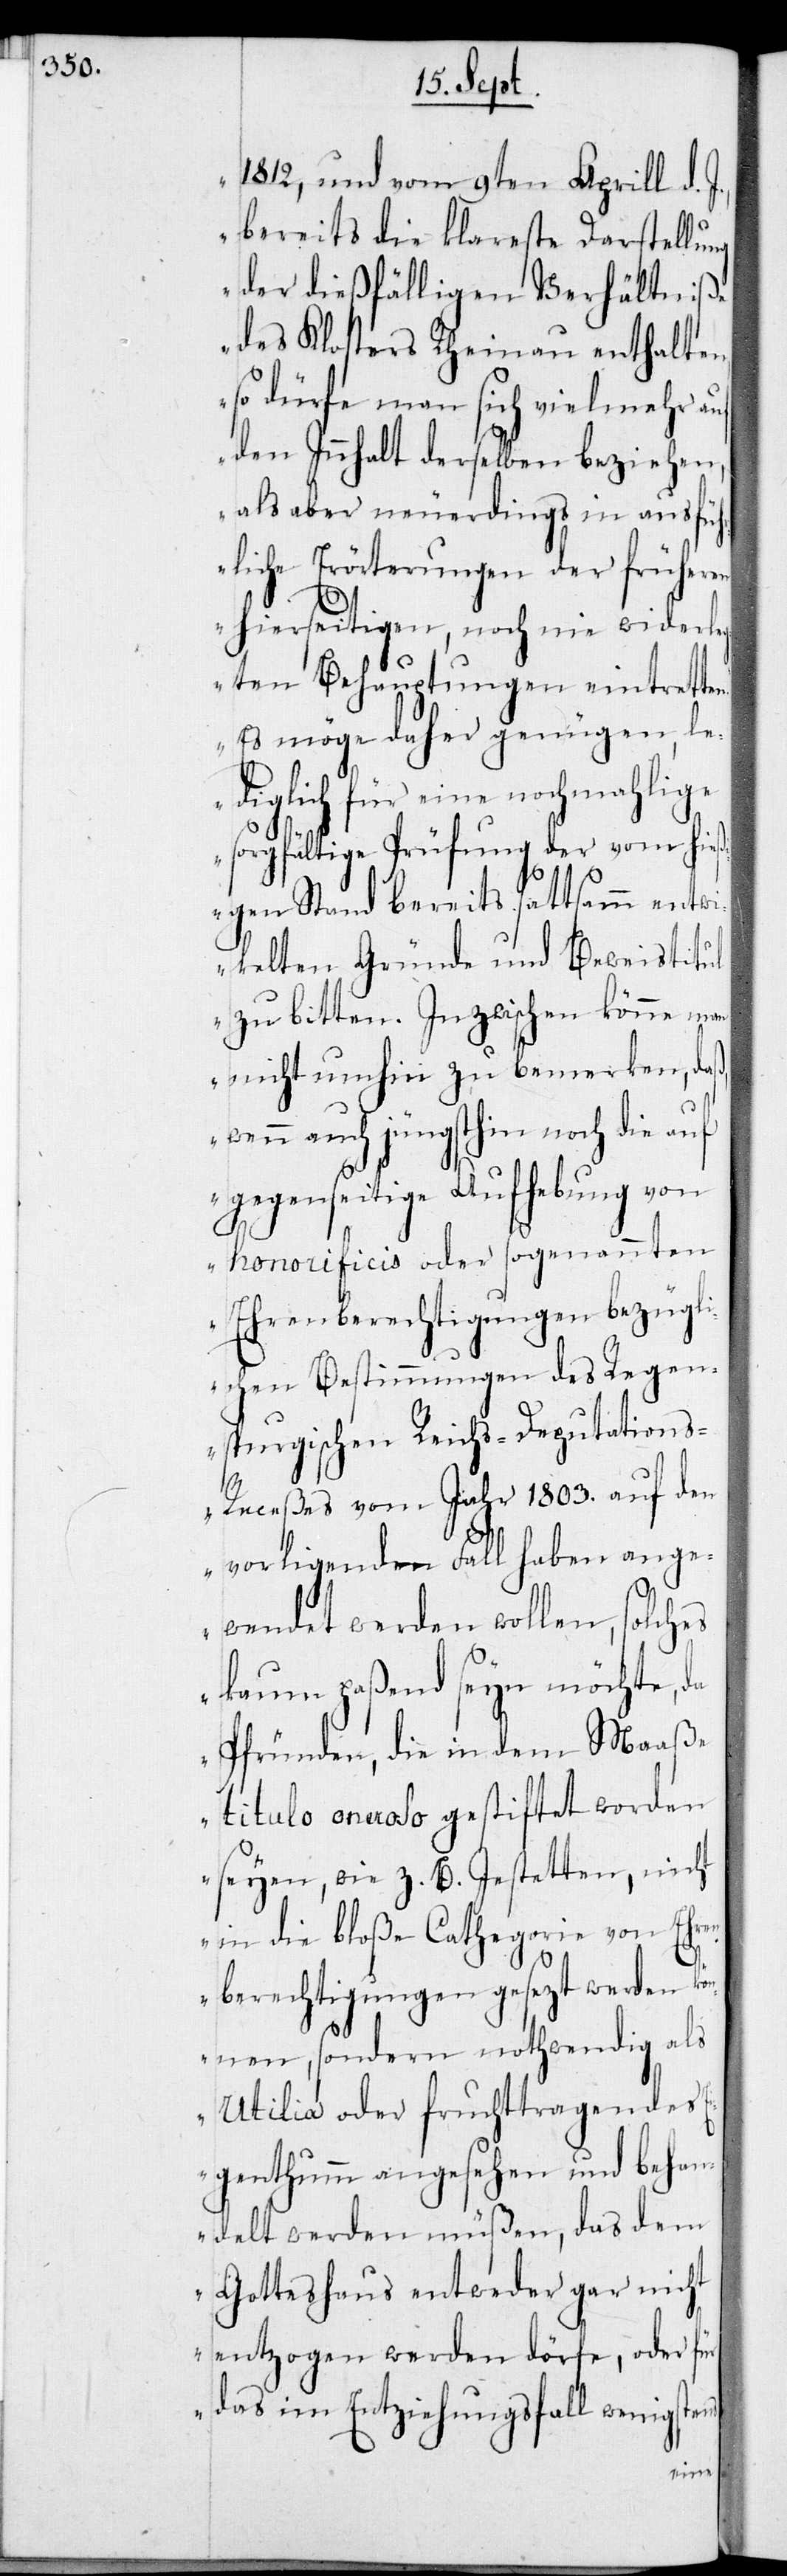
1812, und vom 9ten Aprill d.
bereits die klareste Darstellung
der dießfälligen Verhältn¬
des Klosters Rheinau
so dürfe man sich v¬
den Innhalt derselben
als aber neuerdings in
rliche Erörterungen der
hierseitigen, noch nie
gten Behauptungen ei¬
ß,
n.
Es möge daher genü¬
diglich füre eine nochmahlige
sorgfältige Prüfung der vom hie¬
ßigen Stand bereits sattsamm entwi¬
kelten Gründe und Beweistitul
zu bitten. Inzwischen könne man
nicht umhin zu bemerken, da¬
wenn auch jüngsthin noch die auf
gegenseitige Aufhebung von
honorificis oder sogenannten
Ehrenberechtigungen bezügl¬
ichen Bestimmungen des Regen¬
spurgischen Reichs-Deputation¬
s-Receßes vom Jahr 1803. auf den
vorligenden Fall haben ange¬
wendet werden wollen, solches
kaum paßend seyn möchte, da
Prfünden, die in dem Maaße
titulo oneroso gestiftet worden
seyen, wie z. B. Jestetten, nicht
in die bloße Cathegorie von Ehre¬
nberechtigungen gesezt werden kö¬
nnen, sondern nothwendig als
utilia oder fruchttragendes
Eigenthumm angesehen und behan¬
delt werden müßen, das dem
Gotteshaus entweder gar nicht
entzogen werden dörfe, oder für
das im Entziehungsfall wenigstens